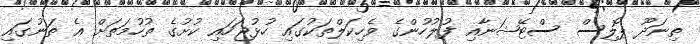
ތިނަދޫ ޕޮލިސް ސްޓޭޝަނާއި ފުލުހުންގެ ވެހިކަލްތަކުގައި ހުޅުޖަހައި ކުށުގެ ތުހުމަތަށް އެ ތަނުގައި